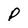
Character: P